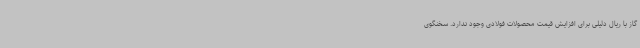
گاز با ریال دلیلی برای افزایش قیمت محصولات فولادی وجود ندارد. سخنگوی